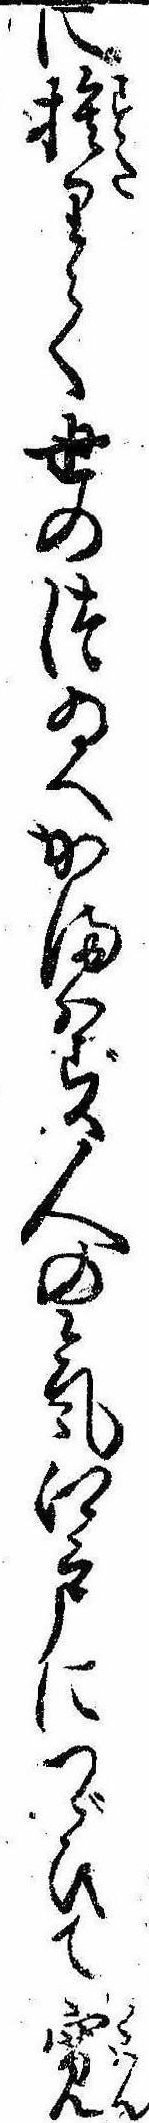
に捨りて世のつゐへかまはず人の気江戸につゞひて寛